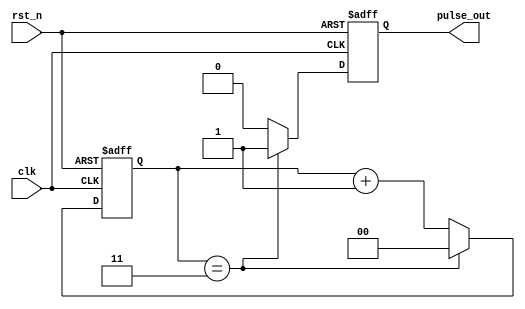
module DivideByNCounter #(
    parameter N = 4  // Parameter for the divide value (must be > 1)
) (
    input wire clk,       // Clock input
    input wire rst_n,     // Asynchronous active-low reset
    output reg pulse_out   // Output pulse after N clock cycles
);

    // Define the number of bits needed to represent the counter states
    localparam COUNTER_BITS = $clog2(N);

    // State register
    reg [COUNTER_BITS-1:0] counter; // Counter state

    // Asynchronous reset and counter logic
    always @(posedge clk or negedge rst_n) begin
        if (!rst_n) begin
            counter <= 0;         // Reset counter
            pulse_out <= 0;       // Reset output pulse
        end else begin
            if (counter == (N - 1)) begin
                counter <= 0;     // Reset counter after reaching N-1
                pulse_out <= 1;   // Generate output pulse
            end else begin
                counter <= counter + 1; // Increment counter
                pulse_out <= 0;   // Keep output pulse low
            end
        end
    end

endmodule